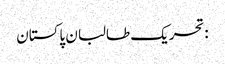
:تحریک طالبان پاکستان